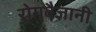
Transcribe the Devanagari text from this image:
रोगवैज्ञानी